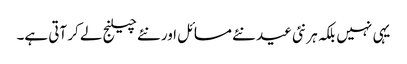
یہی نہیں بلکہ ہر نئی عید نئے مسائل اور نئے چیلنج لے کر آتی ہے۔